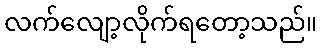
လက်လျော့လိုက်ရတော့သည်။